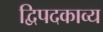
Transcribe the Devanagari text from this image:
द्विपदकाव्य